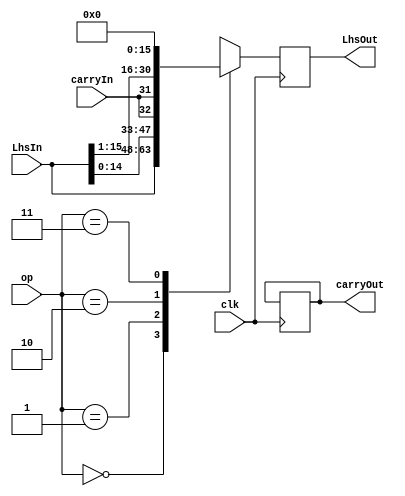
module shift_lhs
#(
    parameter DATA_WIDTH = 16
)
(
    input clk,
    input [1:0] op,
    input carryIn,
    input [DATA_WIDTH-1:0] LhsIn,

    output carryOut,
    output [DATA_WIDTH-1:0] LhsOut
);

reg [DATA_WIDTH-1:0] data;
reg carry;

initial begin
    data <= 0;
    carry <= 0;
end

always @(posedge clk) begin
    case (op)
        0: data <= LhsIn;
        0: carry <= 'b0;
        1: data <= {LhsIn[DATA_WIDTH-2:0], carryIn};
        1: carry <= LhsIn[DATA_WIDTH-1];
        2: data <= {carryIn, LhsIn[DATA_WIDTH-1:1]};
        2: carry <= LhsIn[0];
        3: data <= 'b0;
        3: carry <= 'b0;
    endcase
end

assign LhsOut = data;
assign carryOut = carry;


endmodule